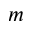
m